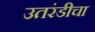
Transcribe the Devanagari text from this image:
उतरंडीचा